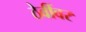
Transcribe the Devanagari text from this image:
ठेवींवर